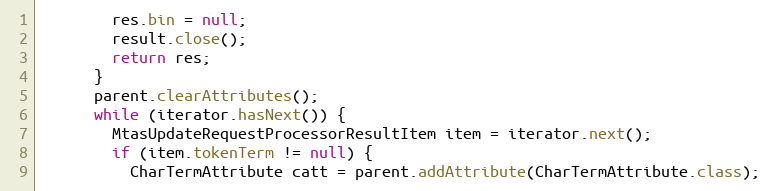
Language: Java
        res.bin = null;
        result.close();
        return res;
      }
      parent.clearAttributes();
      while (iterator.hasNext()) {
        MtasUpdateRequestProcessorResultItem item = iterator.next();
        if (item.tokenTerm != null) {
          CharTermAttribute catt = parent.addAttribute(CharTermAttribute.class);